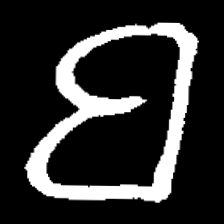
Pyu character \u2014 Myanmar letter: ဗ (romanized: ba)